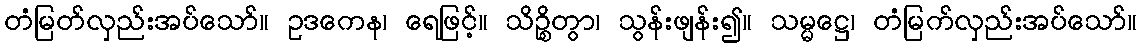
တံမြတ်လှည်းအပ်သော်။ ဥဒကေန၊ ရေဖြင့်။ သိဉ္စိတွာ၊ သွန်းဖျန်း၍။ သမ္မဋ္ဌေ၊ တံမြက်လှည်းအပ်သော်။